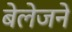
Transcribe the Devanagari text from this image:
बेलेजने